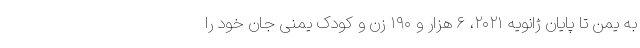
به یمن تا پایان ژانویه ۲۰۲۱، ۶ هزار و ۱۹۰ زن و کودک یمنی جان خود را